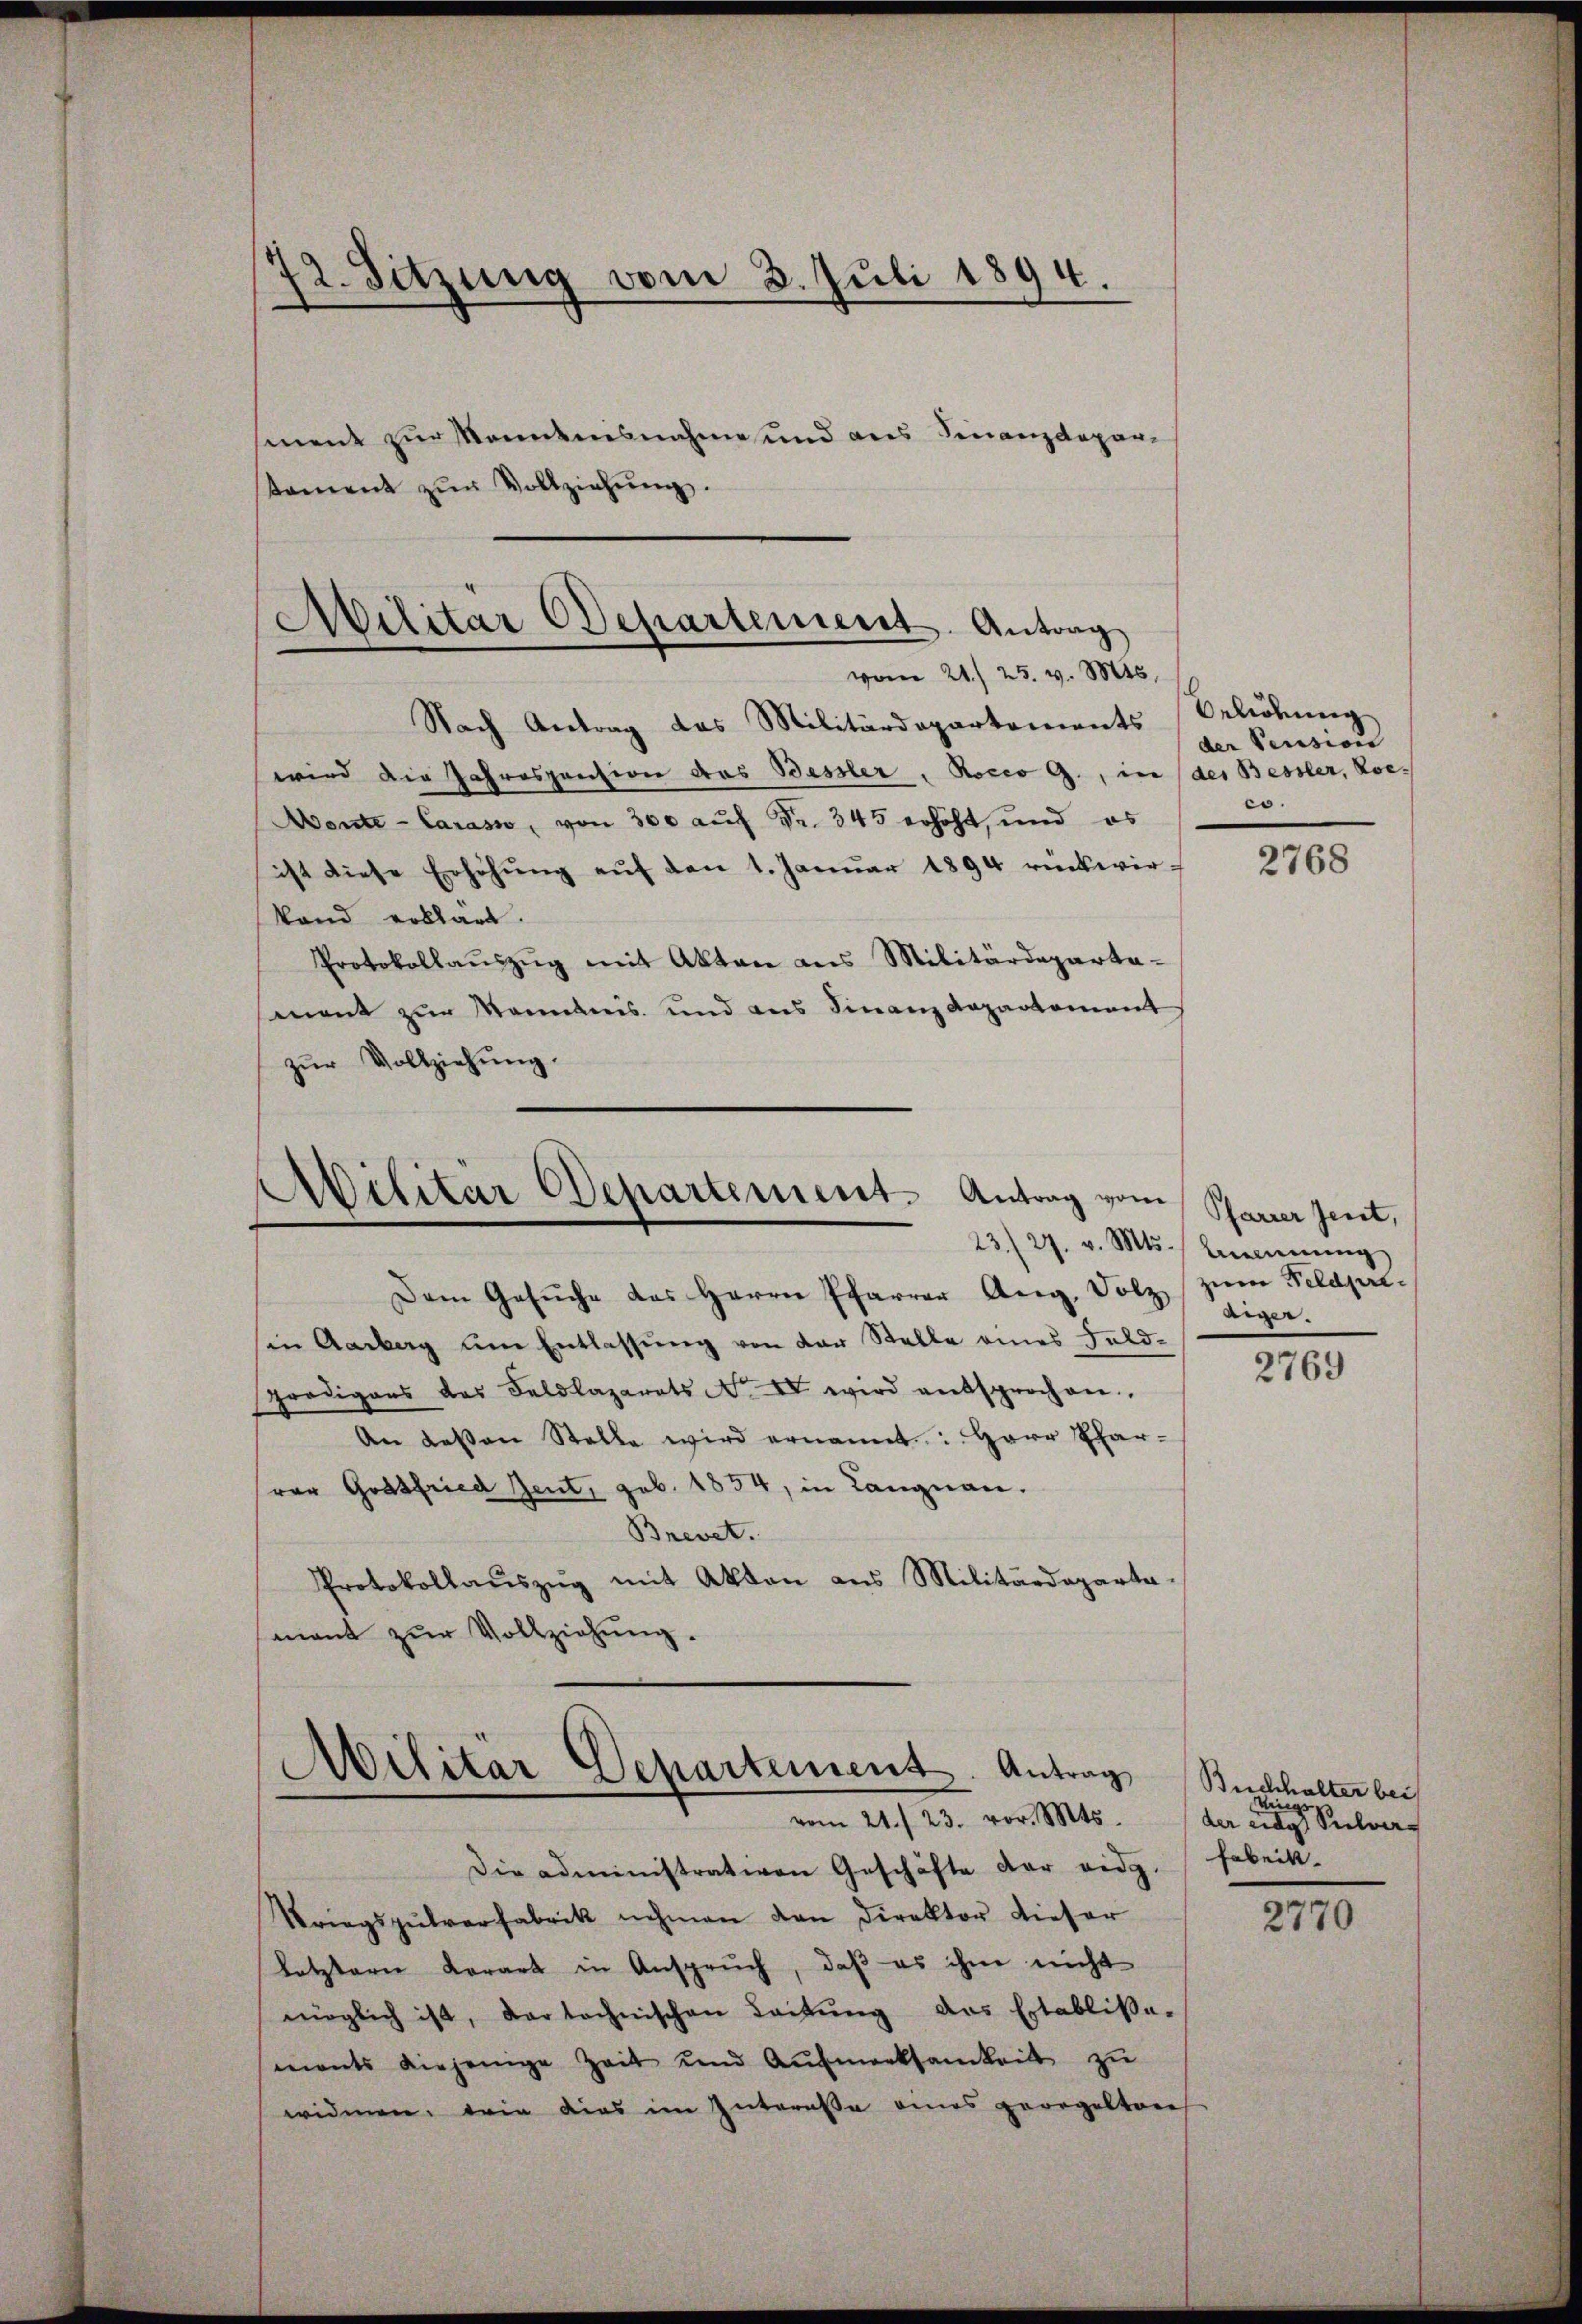
12. Sitzung vom 2. Juli 1894.

tament zŭr Vollziehŭng.

ment zur Kenntnisnahme und aus Finanzdepar¬

Nach Antrag das Militärdepartements-Beliebung
wird die Jahrespension das Bessler, Rocco G., in der Bessler, Kor-
Wonte-Carasso, von 300 auf Fr. 345 erhöht, und es
ist diese Erhöhŭng aŭf den 1. Janŭar 1894 rückwir-
tand erklärt.
Protokollaŭszŭg mit Akten ans Militärdeparta-
mont zur Mamanis und aus Finanz Dapartement
zŭr Vollziehŭng.

Dem Gesŭche das Herrn Pfarrer Ang, Dolz
in Aarberg am Entlassung von der Stelle eines Feld-
prödigers das Feldkaparats No IV wird entsprochen.
An dessen Stelle wird ernannt: Herr Pfarvor Grasfried Gent, geb. 1854, in Langnau.
Brevet.
Protokollaŭszŭg mit Akten aus Militärdeparta-
mant zŭr Vollziehŭng.

Militär Departement. Antrag
vom 21. 25. v. Mts.

Militär Departement. Antrag vom
23/27. v. Mts. Brennung

Militär Departement. Antrag
vom 21./23. vor. Mts.

der Pension
co.

Die administrativen Geschäfte der eidg.
Kriegspŭlverfabrik nehmen den Direktor dieser
letztern Kerart in Anspruch, daß es ihm nicht
möglich ist, der technischen Leitŭng des Etabliße-
monts diejenige Zeit und Aufmerksamkeit zu
widmen. Dein dies im Intereße eines geregelteres

2768

Pfarrer Zeit,
zum Feldpre¬
Aeger.

2769

Buchhalter bei
lings,
der eidg Pulver¬
Fabrik.

2770